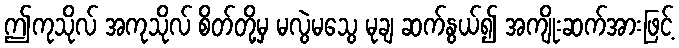
ဤကုသိုလ် အကုသိုလ် စိတ်တို့မှ မလွဲမသွေ မုချ ဆက်နွယ်၍ အကျိုးဆက်အားဖြင့်